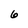
Character: 6